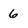
Character: 6